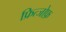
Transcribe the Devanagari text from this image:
फ्रित्जोफ़